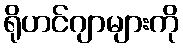
ရိုဟင်ဂျာများကို